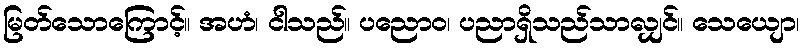
မြတ်သောကြောင့်။ အဟံ၊ ငါသည်။ ပညောဝ၊ ပညာရှိသည်သာလျှင်။ သေယျော၊